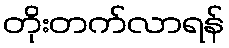
တိုးတက်လာရန်